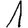
Digit: 1